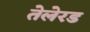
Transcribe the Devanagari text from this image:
तेलेरड